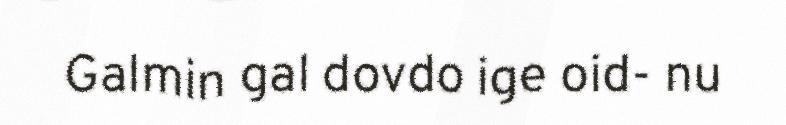
Galmin gal dovdo ige oid- nu